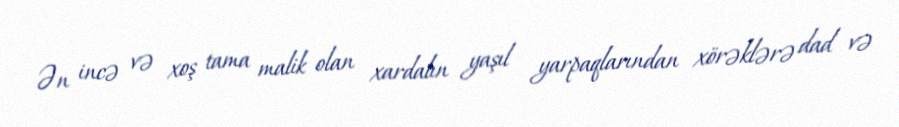
Ən incə və xoş tama malik olan xardalın yaşıl yarpaqlarından xörəklərə dad və